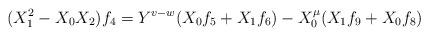
LaTeX: \begin{align*}(X_{1}^{2}-X_{0}X_{2})f_{4}=Y^{v-w}(X_{0}f_{5}+X_{1}f_{6})-X_{0}^{\mu}(X_{1}f_{9}+X_{0}f_{8})\end{align*}